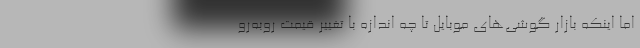
اما اینکه بازار گوشی‌های موبایل تا چه اندازه با تغییر قیمت روبه‌رو